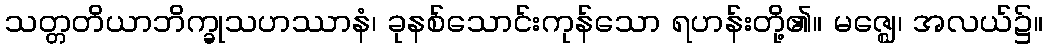
သတ္တတိယာဘိက္ခုသဟဿာနံ၊ ခုနစ်သောင်းကုန်သော ရဟန်းတို့၏။ မဇ္ဈေ၊ အလယ်၌။